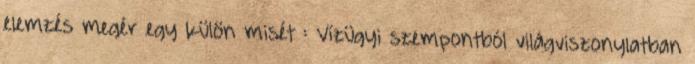
elemzés megér egy külön misét : Vízügyi szempontból világviszonylatban